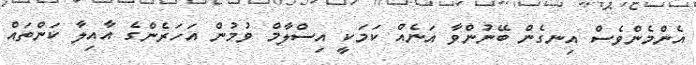
އެންމެންވެސް އިނގެން ބޭނުންވާ އަނެއް ކަމަކީ އިސްލާމް ވުމުން އަހަރެންގެ އާއިލާ ކަންތައް